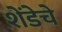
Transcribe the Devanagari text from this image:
शेंडेचे